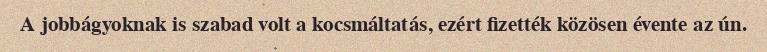
A jobbágyoknak is szabad volt a kocsmáltatás, ezért fizették közösen évente az ún.